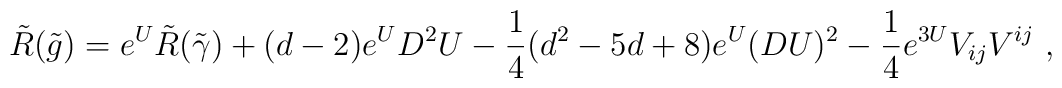
\tilde{R}(\tilde{g})=e^U\tilde{R}(\tilde{\gamma}) + (d-2)e^U D^2U -{1 \over 4} (d^2-5d+8)e^U(DU)^2 - {1 \over 4} e^{3U}V_{ij}V^{ij}\ ,